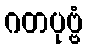
ဂတပုဗ္ဗံ